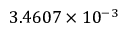
3 . 4 6 0 7 \times 1 0 ^ { - 3 }